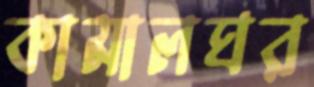
কামালঘর